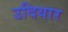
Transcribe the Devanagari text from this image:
उदियार